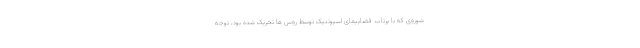
شوروی که با پرتاب فضاپیمای اسپوتنیک توسط روس ها تحریک شده بود، توجه